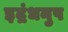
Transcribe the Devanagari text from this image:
इद्रंधनुष